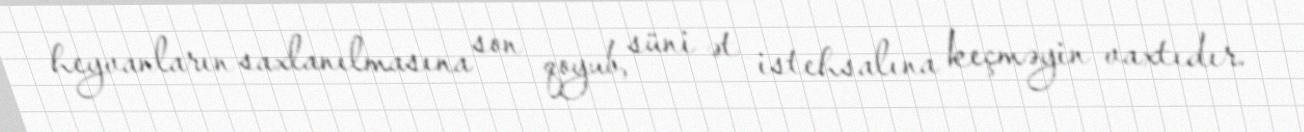
heyvanların saxlanılmasına son qoyub, süni ət istehsalına keçməyin vaxtıdır.